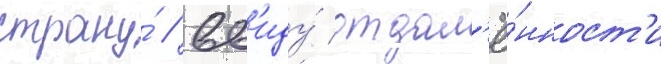
страну́ / вв'иду́ отдал'ё́нност'и